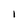
Character: 1